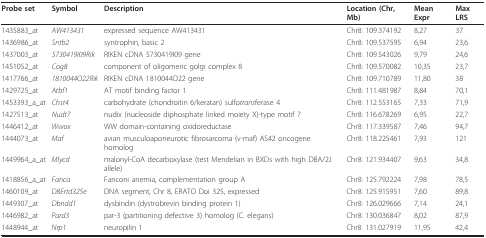
<table><thead><tr><td><b>Probe set</b></td><td><b>Symbol</b></td><td><b>Description</b></td><td><b>Location (Chr, Mb)</b></td><td><b>Mean Expr</b></td><td><b>Max LRS</b></td></tr></thead><tbody><tr><td>1435883_at</td><td><i>AW413431</i></td><td>expressed sequence AW413431</td><td>Chr8: 109.374192</td><td>8,27</td><td>37</td></tr><tr><td>1436986_at</td><td><i>Sntb2</i></td><td>syntrophin, basic 2</td><td>Chr8: 109.537595</td><td>6,94</td><td>23,6</td></tr><tr><td>1437003_at</td><td><i>5730419I09Rik</i></td><td>RIKEN cDNA 5730419I09 gene</td><td>Chr8: 109.543026</td><td>9,79</td><td>24,6</td></tr><tr><td>1451052_at</td><td><i>Cog8</i></td><td>component of oligomeric golgi complex 8</td><td>Chr8: 109.570082</td><td>10,35</td><td>23,7</td></tr><tr><td>1417766_at</td><td><i>1810044O22Rik</i></td><td>RIKEN cDNA 1810044O22 gene</td><td>Chr8: 109.710789</td><td>11,80</td><td>38</td></tr><tr><td>1429725_at</td><td><i>Atbf1</i></td><td>AT motif binding factor 1</td><td>Chr8: 111.481987</td><td>8,84</td><td>70,1</td></tr><tr><td>1453393_a_at</td><td><i>Chst4</i></td><td>carbohydrate (chondroitin 6/keratan) sulfo<i>trans</i>ferase 4</td><td>Chr8: 112.553165</td><td>7,33</td><td>71,9</td></tr><tr><td>1427513_at</td><td><i>Nudt7</i></td><td>nudix (nucleoside diphosphate linked moiety X)-type motif 7</td><td>Chr8: 116.678269</td><td>6,95</td><td>22,7</td></tr><tr><td>1446412_at</td><td><i>Wwox</i></td><td>WW domain-containing oxidoreductase</td><td>Chr8: 117.339587</td><td>7,46</td><td>94,7</td></tr><tr><td>1444073_at</td><td><i>Maf</i></td><td>avian musculoaponeurotic fibrosarcoma (v-maf) AS42 oncogene homolog</td><td>Chr8: 118.225461</td><td>7,93</td><td>121</td></tr><tr><td>1449964_a_at</td><td><i>Mlycd</i></td><td>malonyl-CoA decarboxylase (test Mendelian in BXDs with high DBA/2J allele)</td><td>Chr8: 121.934407</td><td>9,63</td><td>34,8</td></tr><tr><td>1418856_a_at</td><td><i>Fanca</i></td><td>Fanconi anemia, complementation group A</td><td>Chr8: 125.792224</td><td>7,98</td><td>78,5</td></tr><tr><td>1460109_at</td><td><i>D8Ertd325e</i></td><td>DNA segment, Chr 8, ERATO Doi 325, expressed</td><td>Chr8: 125.915951</td><td>7,60</td><td>89,8</td></tr><tr><td>1449307_at</td><td><i>Dbndd1</i></td><td>dysbindin (dystrobrevin binding protein 1)</td><td>Chr8: 126.029666</td><td>7,14</td><td>24,1</td></tr><tr><td>1446982_at</td><td><i>Pard3</i></td><td>par-3 (partitioning defective 3) homolog (C. elegans)</td><td>Chr8: 130.036847</td><td>8,02</td><td>87,9</td></tr><tr><td>1448944_at</td><td><i>Nrp1</i></td><td>neuropilin 1</td><td>Chr8: 131.027919</td><td>11,95</td><td>42,4</td></tr></tbody></table>